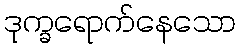
ဒုက္ခရောက်နေသော